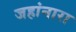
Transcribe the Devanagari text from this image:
जहांनारा